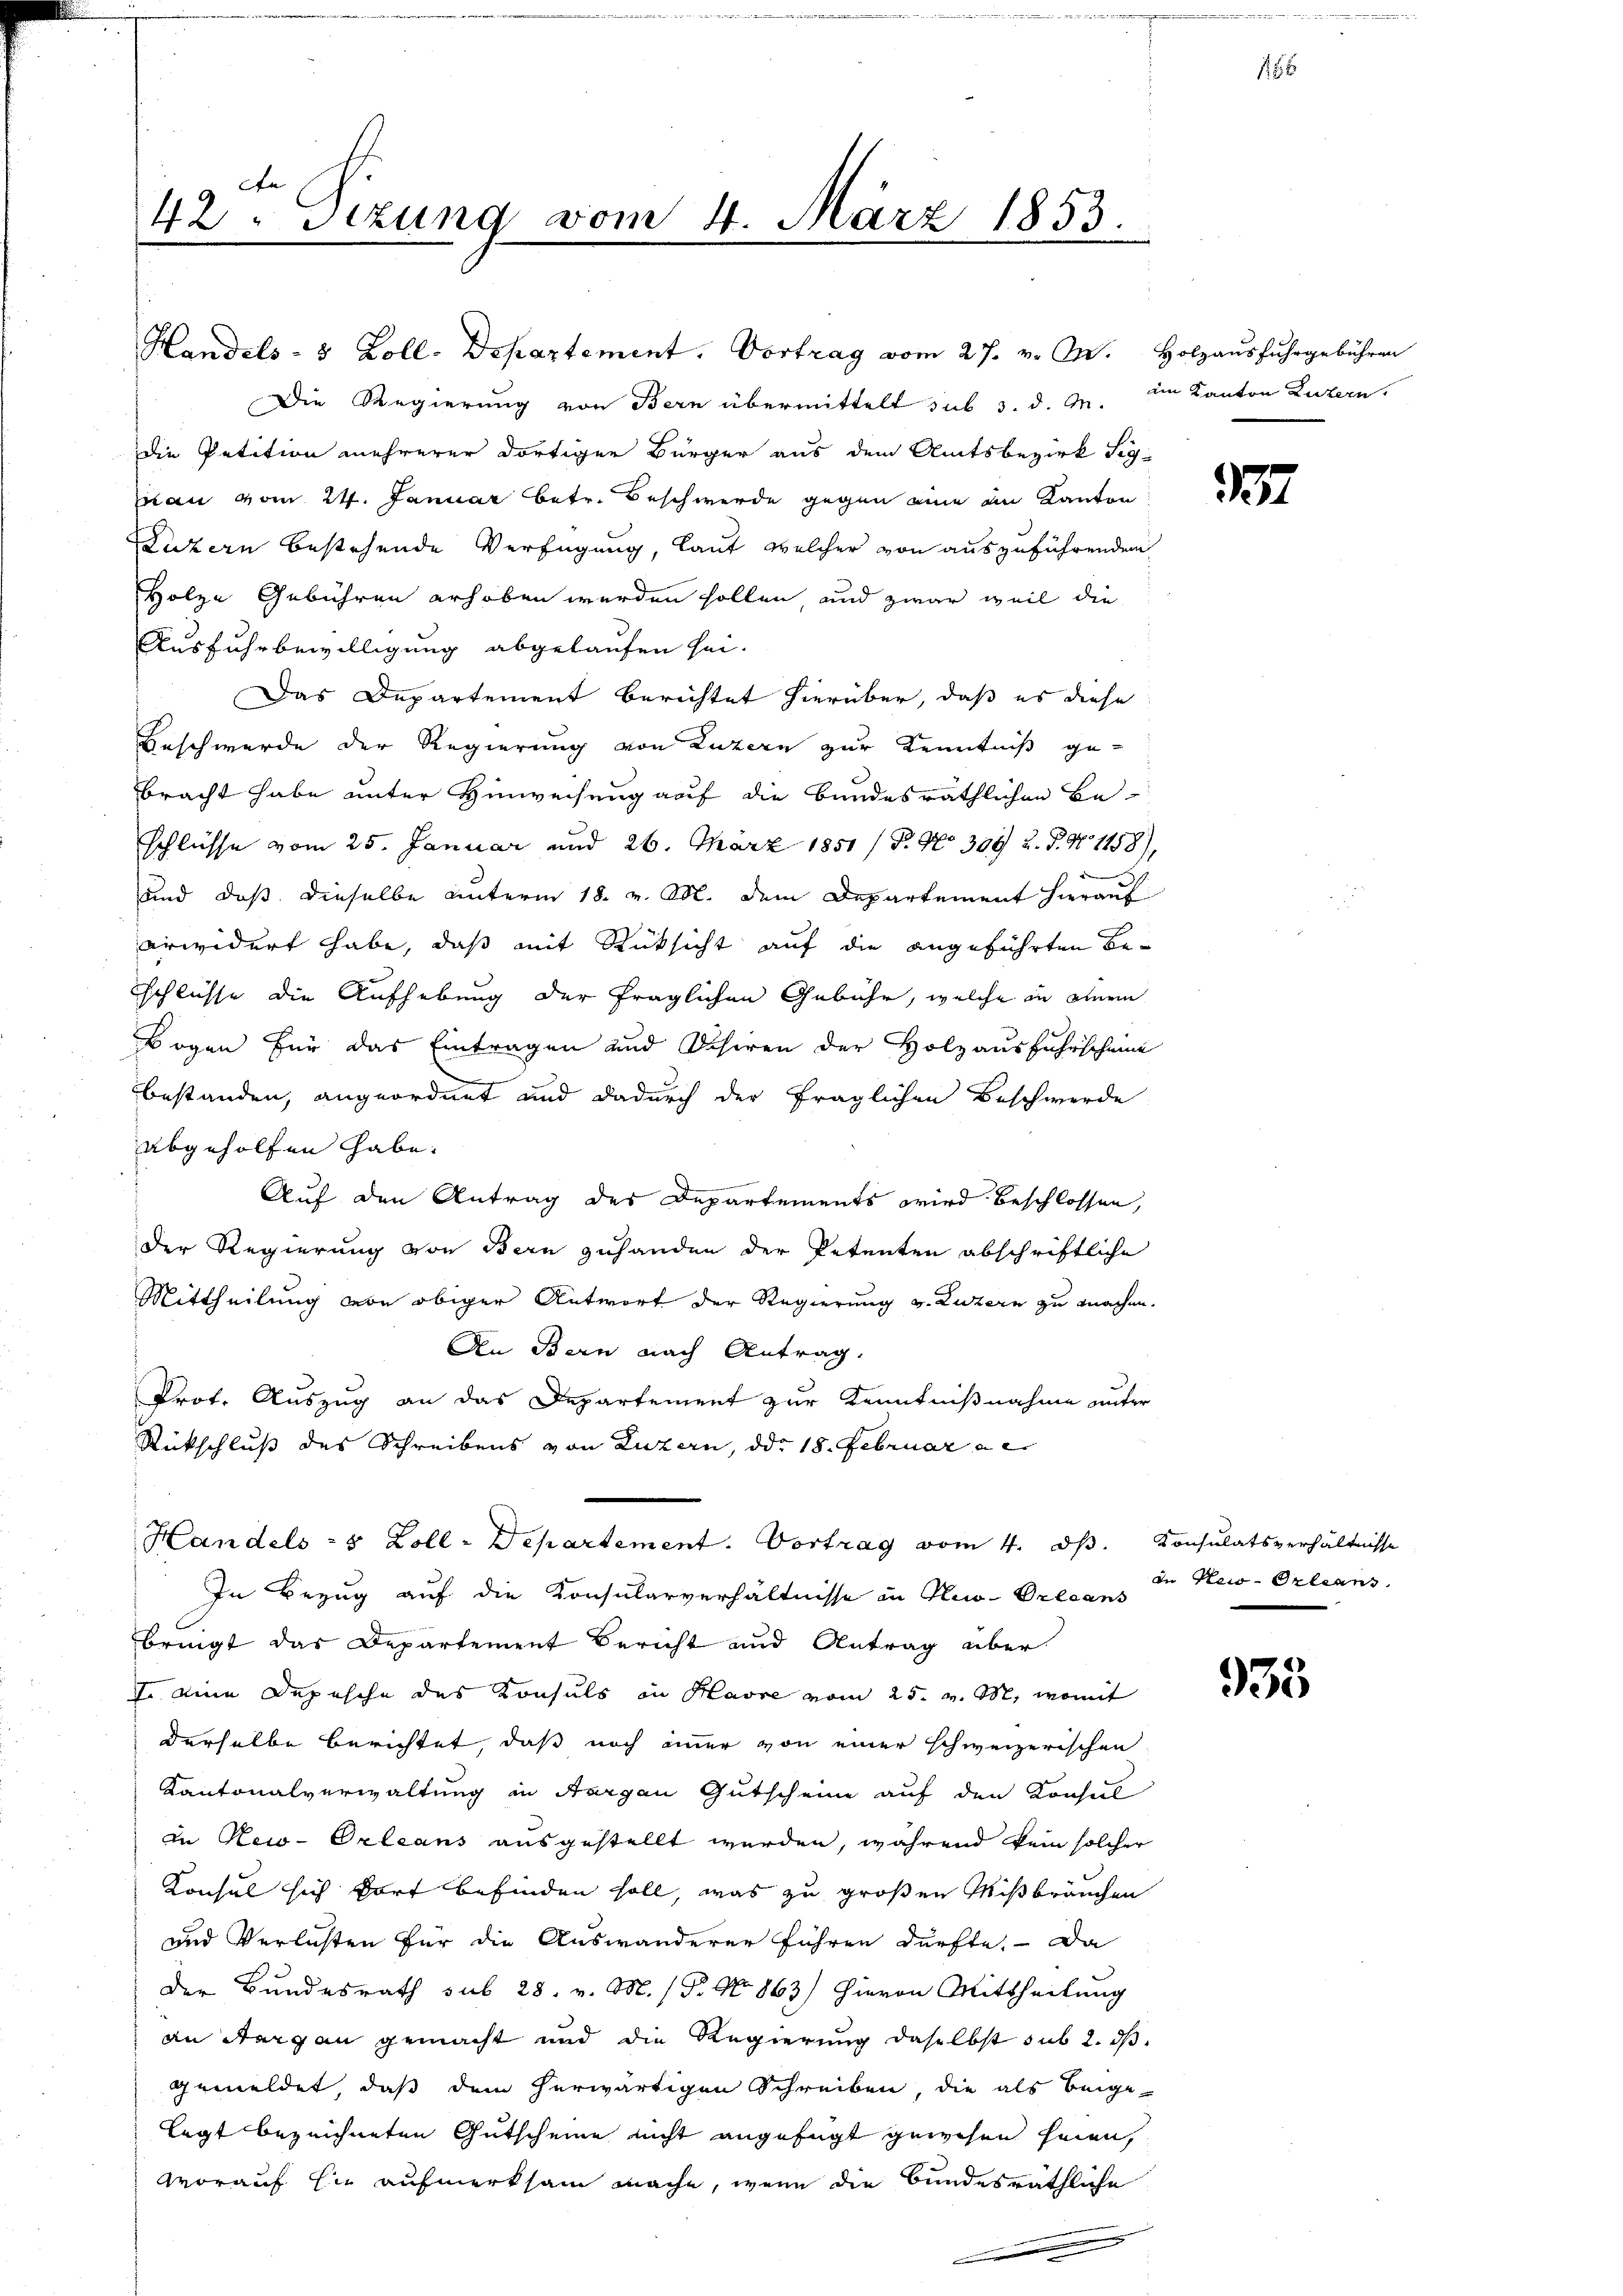
42. Sizung vom 4. März 1853.

Ausfuhrbewilligung abgelaufen sei.
Das Departement berichtet hierüber, daß es diese
Beschwerde der Regierung von Luzern zur Kenntniß gebracht habe unter Hinweisung auf die bundesräthlichen Beschlüsse vom 25. Januar und 26. März 1851 / P. No 399 u. P. N. 1158),
und daß dieselbe unterm 18. v. Abl. dem Departement hierauf
erwidert habe, daß mit Rücksicht auf die angeführten Beschlüsse die Aufhebung der fraglichen Gebühr, welche in einem
Bogen für das Eintragen und Schiren der Holzausfuhrscheine
.
bestanden, angeordnet und dadurch der fraglichen Beschwerde
abgeholfen habe.

Auf den Antrag des Departements wird beschlossen,
der Regierung von Bern zuhanden der Petenten abschriftliche
Mittheilung von obiger Antwort der Regierung v. Luzern zu machen.
An Bern nach Antrag,
Prof. Auszug an das Departement zur Kenntnißnahme unter
Rückschluß des Schreibens von Luzern, ddo 18. Februar a
Handels- & Zoll-Departement. Vortrag vom 4. ds. Konsulatsverhältnisse
In Bezug auf die Konsularverhältnisse in Pio-Preeans
bringt das Departement Bericht und Antrag über
I. eine Depesche des Konsuls in Havre vom 25. v. M., womit
derselbe berichtet, daß noch immer von einer schweizerischen
Kantonalverwaltung in Aargau Gutscheine auf den Konsul
in New-Orleans ausgestellt werden, während kein solcher
Konsul sich dort befinden soll, was zu großen Mißbräuchen
und Verlusten für die Auswanderer führen dürfte. Da
Der Bundesrath sub 28. v. M. (T. No 863) Hievon Mittheilung
an Sargau gemacht und die Regierung daselbst sub 2. ds
gemeldet, daß dem herwärtigen Schreiben, die als beigelegt bezeichneten Gutscheine nicht angefügt geirchen seien,
Worauf sie aufmerksam mache, wenn die bundesräthliche
e

Handels- & Zoll. Departement. Vortrag vom 27. v. M. Holzausfuhrgebühren
Die Regierung von Bern übermittelt sub 3. d. M. im Kanton Luzern,
Die Petition mehrerer dortiger Bürger aus dem Amtsbezirk Sigan vom 24. Januar betr. Beschwerde gegen eine an Kanton
Luzern bestehende Verfügung, laut welcher von auszuführenden
Holze Gebühren erhoben werden sollen, und zwar weil die

1

137

in New-Orleans

935